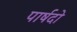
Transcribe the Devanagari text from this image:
पार्षदो